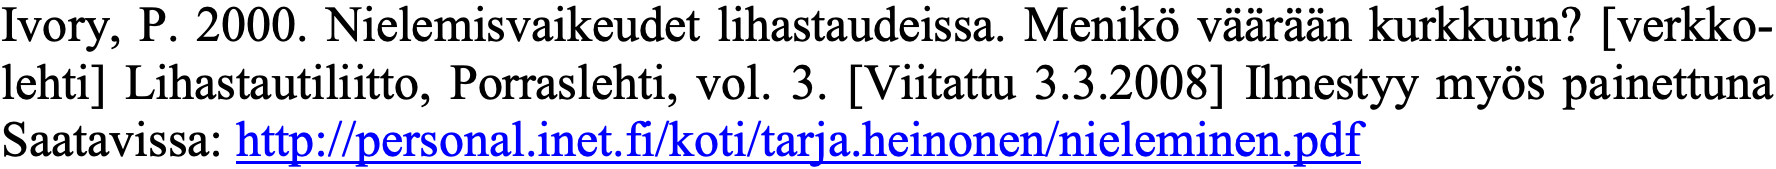
Ivory, P. 2000. Nielemisvaikeudet lihastaudeissa. Menikö väärään kurkkuun? [verkko- lehti] Lihastautiliitto, Porraslehti, vol. 3. [Viitattu 3.3.2008] Ilmestyy myös painettuna Saatavissa: http://personal.inet.fi/koti/tarja.heinonen/nieleminen.pdf